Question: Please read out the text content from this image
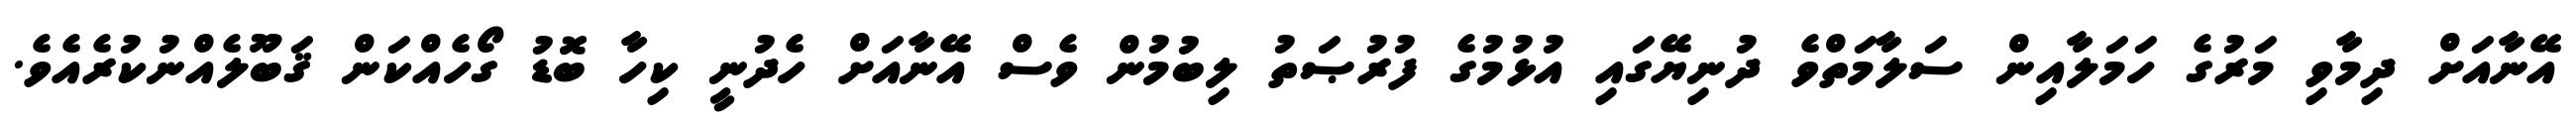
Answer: އޭނާއަށް ދިމާވި މަރުގެ ހަމަލާއިން ސަލާމަތްވެ ދުނިޔޭގައި އުޅުމުގެ ފުރުޞަތު ލިބުމުން ވެސް އޭނާއަށް ހެދުނީ ކިހާ ބޮޑު ގޯހެއްކަން ޤަބޫލެއްނުކުރެއެވެ.